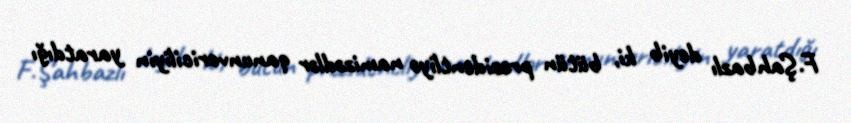
F.Şahbazlı deyib ki, bütün prezidentliyə namizədlər qanunvericiliyin yaratdığı